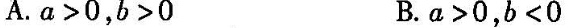
A.a>0，b>0 B.a>0，b<0